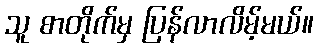
သူ စာတိုက်မှ ပြန်လာလိမ့်မယ်။